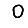
Digit: 0